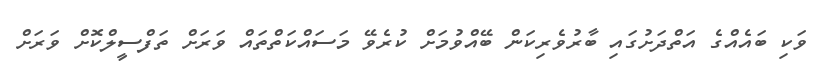
ވަކި ބައެއްގެ އަތްދަށުގައި ބާރުވެރިކަން ބޭއްވުމަށް ކުރެވޭ މަސައްކަތްތައް ވަރަށް ތަފްސީލްކޮށް ވަރަށް